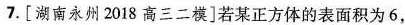
7.[湖南永州2018高三二模]若某正方体的表面积为6，